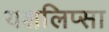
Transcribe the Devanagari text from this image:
यशलिप्सा